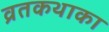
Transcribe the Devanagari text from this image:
व्रतकथाका